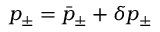
p _ { \pm } = \bar { p } _ { \pm } + \delta p _ { \pm }